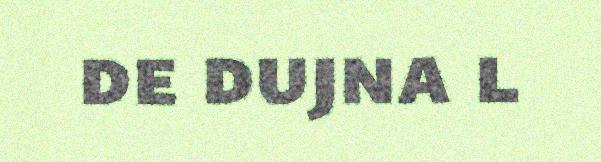
de dujna l